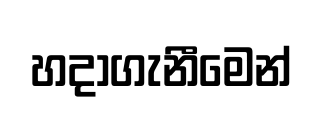
හදාගැනීමෙන්